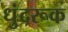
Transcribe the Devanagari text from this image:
धुंदरूक